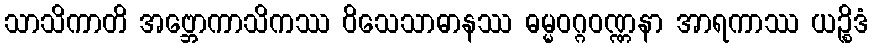
သာသိကာတိ အဗ္ဘောကာသိကဿ ဝိသေသာဓာနဿ ဓမ္မဝဂ္ဂဝဏ္ဏနာ အာရကာဿ ယဉ္စိဒံ